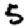
Digit: 5